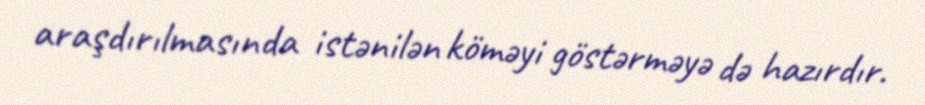
araşdırılmasında istənilən köməyi göstərməyə də hazırdır.